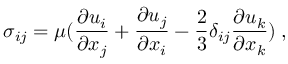
\sigma _ { i j } = \mu ( \frac { \partial u _ { i } } { \partial x _ { j } } + \frac { \partial u _ { j } } { \partial x _ { i } } - \frac { 2 } { 3 } \delta _ { i j } \frac { \partial u _ { k } } { \partial x _ { k } } ) \: ,